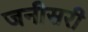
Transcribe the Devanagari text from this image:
जनीसरी